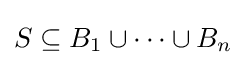
S\subseteq B_{1}\cup \cdots \cup B_{n}